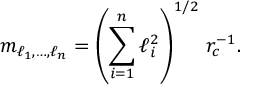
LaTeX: m _ { \ell _ { 1 } , \dots , \ell _ { n } } = \left( \sum _ { i = 1 } ^ { n } \ell _ { i } ^ { 2 } \right) ^ { 1 / 2 } \, r _ { c } ^ { - 1 } .